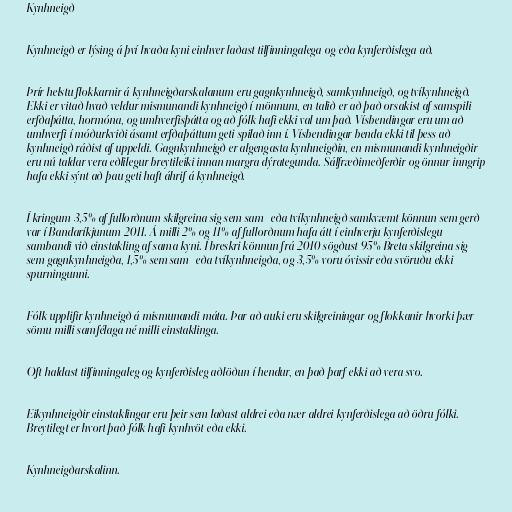
Kynhneigð

Kynhneigð er lýsing á því hvaða kyni einhver laðast tilfinningalega og/eða kynferðislega að.

Þrír helstu flokkarnir á kynhneigðarskalanum eru gagnkynhneigð, samkynhneigð, og tvíkynhneigð.
Ekki er vitað hvað veldur mismunandi kynhneigð í mönnum, en talið er að það orsakist af samspili
erfðaþátta, hormóna, og umhverfisþátta og að fólk hafi ekki val um það. Vísbendingar eru um að
umhverfi í móðurkviði ásamt erfðaþáttum geti spilað inn í. Vísbendingar benda ekki til þess að
kynhneigð ráðist af uppeldi. Gagnkynhneigð er algengasta kynhneigðin, en mismunandi kynhneigðir
eru nú taldar vera eðlilegur breytileiki innan margra dýrategunda. Sálfræðimeðferðir og önnur inngrip
hafa ekki sýnt að þau geti haft áhrif á kynhneigð.

Í kringum 3,5% af fullorðnum skilgreina sig sem sam- eða tvíkynhneigð samkvæmt könnun sem gerð
var í Bandaríkjunum 2011. Á milli 2% og 11% af fullorðnum hafa átt í einhverju kynferðislegu
sambandi við einstakling af sama kyni. Í breskri könnun frá 2010 sögðust 95% Breta skilgreina sig
sem gagnkynhneigða, 1,5% sem sam- eða tvíkynhneigða, og 3,5% voru óvissir eða svöruðu ekki
spurningunni.

Fólk upplifir kynhneigð á mismunandi máta. Þar að auki eru skilgreiningar og flokkanir hvorki þær
sömu milli samfélaga né milli einstaklinga.

Oft haldast tilfinningaleg og kynferðisleg aðlöðun í hendur, en það þarf ekki að vera svo.

Eikynhneigðir einstaklingar eru þeir sem laðast aldrei eða nær aldrei kynferðislega að öðru fólki.
Breytilegt er hvort það fólk hafi kynhvöt eða ekki.

Kynhneigðarskalinn.